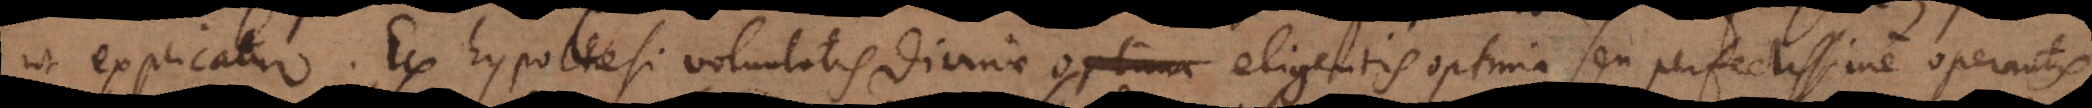
ut explicatur. Ex hypothesi voluntatis divinae optima eligentis optima seu perfectissime operantis